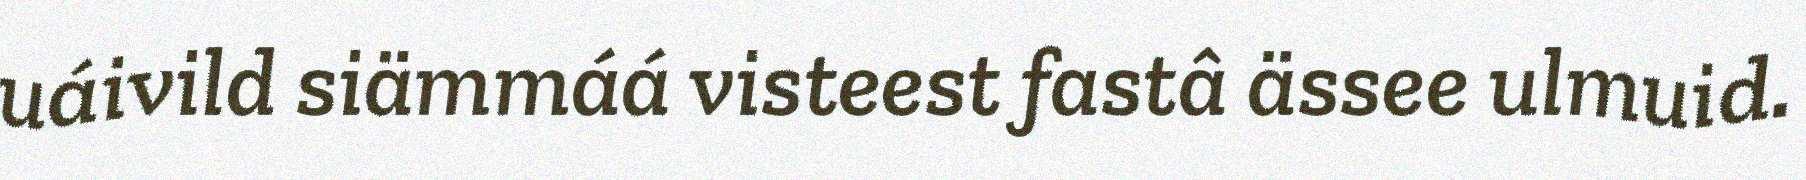
uáivild siämmáá visteest fastâ ässee ulmuid.